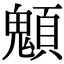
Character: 䫥